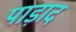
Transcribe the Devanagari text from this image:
पाड़ाद